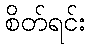
စိတ်ရင်း